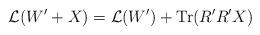
LaTeX: \begin{align*}{\cal L}(W'+ X) = {\cal L}(W') + \mbox{Tr} (R' R' X)\end{align*}